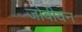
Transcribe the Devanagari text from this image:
जोवीयन